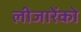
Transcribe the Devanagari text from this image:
लीजारेंको